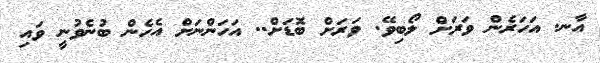
އާނ. އަހަރެން ވަރަށް ލޯބިވޭ. ވަރަށް ބޮޑަށް.. އަހަންނަށް އެހެން ބުނެވުނީ ވައި